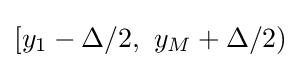
[y_{1}-\Delta /2,~y_{M}+\Delta /2)